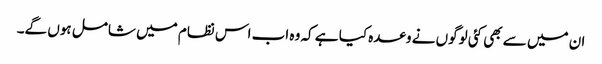
ان میں سے بھی کئی لوگوں نے وعدہ کیا ہے کہ وہ اب اس نظام میں شامل ہوں گے۔